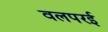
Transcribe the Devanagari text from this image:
वलपरई